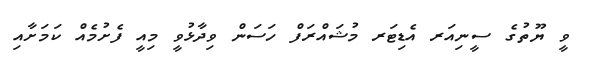
ވީ ޔޫތުގެ ސީނިއަރ އެޑިޓަރ މުޝައްރަފް ހަސަން ވިދާޅުވީ މިއީ ފެށުމެއް ކަމަށާއި